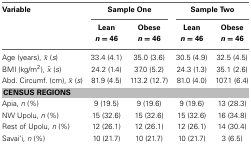
| Variable | <COLSPAN=2> Sample One | <COLSPAN=2> Sample Two |
 |  | Lean n = 46 | Obese n = 46 | Lean n = 46 | Obese n = 46 |
 | --- | --- | --- | --- | --- |
 | Age (years), <overline>x</overline> (s) | 33.4 (4.1) | 35.0 (3.6) | 30.5 (4.9) | 32.5 (4.5) |
 | BMI (kg/m2), <overline>x</overline> (s) | 24.2 (1.4) | 37.0 (5.2) | 24.3 (1.3) | 35.1 (2.6) |
 | Abd. Circumf. (cm), <overline>x</overline> (s) | 81.9 (4.5) | 113.2 (12.7) | 81.0 (4.0) | 107.1 (6.4) |
 | <COLSPAN=5> CENSUS REGIONS |
 | Apia, n (%) | 9 (19.5) | 9 (19.6) | 9 (19.6) | 13 (28.3) |
 | NW Upolu, n (%) | 15 (32.6) | 15 (32.6) | 15 (32.6) | 16 (34.8) |
 | Rest of Upolu, n (%) | 12 (26.1) | 12 (26.1) | 12 (26.1) | 14 (30.4) |
 | Savai‘i, n (%) | 10 (21.7) | 10 (21.7) | 10 (21.7) | 3 (6.5) |